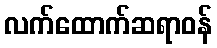
လက်ထောက်ဆရာဝန်